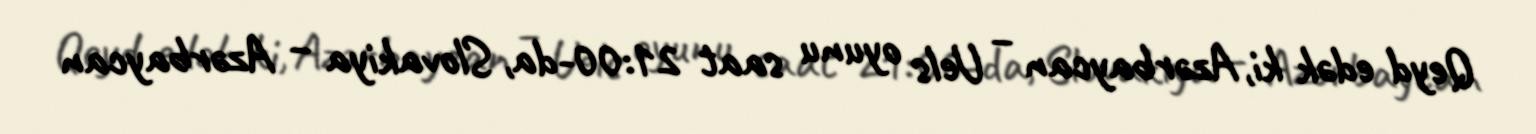
Qeyd edək ki, Azərbaycan – Uels oyunu saat 21:00-da, Slovakiya – Azərbaycan